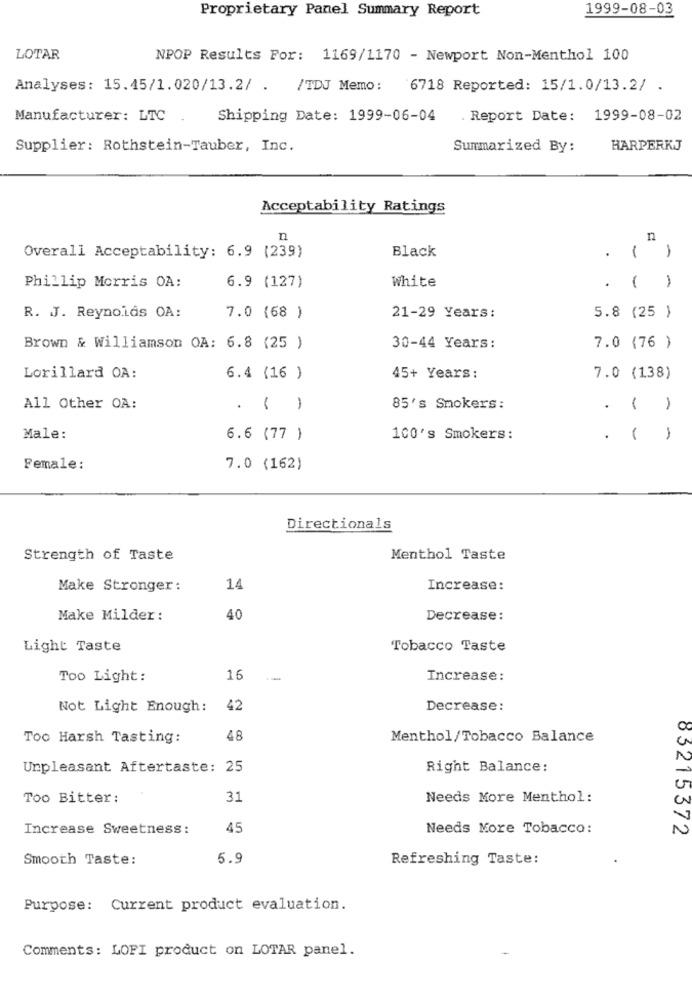
Proprietary Panel Summary Report
1999-08-03
LOTAR
NPOP Results For: 1169/1170 - Newport Non-Menthol 100
Analyses: 15.45/1.020/13.2/ . /TDJ Memo: 6718 Reported: 15/1.0/13.2/ .
Manufacturer: LTC
Shipping Date: 1999-06-04
. Report Date: 1999-08-02
Supplier: Rothstein-Tauber, Inc.
Summarized By:
HARPERKJ
Acceptability Ratings
n
n
1
Overall Acceptability: 6.9 (239)
Black
.
-
Phillip Morris OA:
6.9 (127)
White
-
R. J. Reynolds OA:
7.0 (68 )
21-29 Years:
5.8 (25 )
Brown & Williamson OA: 6.8 (25 )
30-44 Years:
7.0 (76 )
Lorillard OA:
6.4 (16 )
45+ Years:
7.0 (138)
All Other OA:
. ( )
85's Smokers:
.
1
-
Male:
6.6 (77 )
100's Smokers:
.
1
Female:
7.0 (162)
Directionals
Strength of Taste
Menthol Taste
Make Stronger:
14
Increase:
Make Milder:
40
Decrease:
Light Taste
Tobacco Taste
Too Light:
16
Increase:
Not Light Enough:
42
Decrease:
Too Harsh Tasting:
48
Menthol/Tobacco Balance
Unpleasant Aftertaste: 25
Right Balance:
Too Bitter:
31
Needs More Menthol:
Increase Sweetness:
45
Needs More Tobacco:
83215372
Smooth Taste:
5.9
Refreshing Taste:
Purpose: Current product evaluation.
Comments: LOFI product on LOTAR panel.